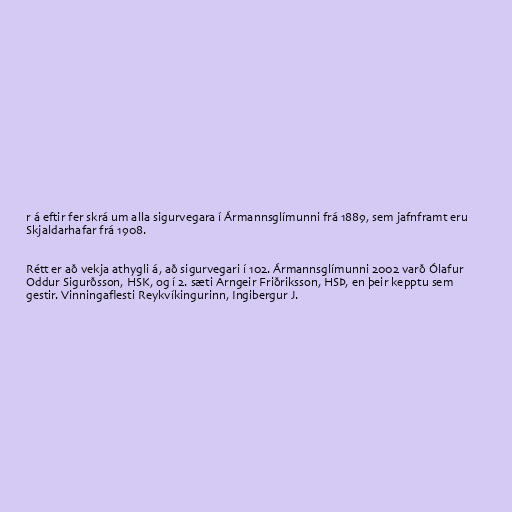
r á eftir fer skrá um alla sigurvegara í Ármannsglímunni frá 1889, sem jafnframt eru
Skjaldarhafar frá 1908.

Rétt er að vekja athygli á, að sigurvegari í 102. Ármannsglímunni 2002 varð Ólafur
Oddur Sigurðsson, HSK, og í 2. sæti Arngeir Friðriksson, HSÞ, en þeir kepptu sem
gestir. Vinningaflesti Reykvíkingurinn, Ingibergur J.